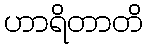
ဟာရိတာတိ